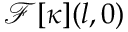
\mathcal { F } [ \kappa ] ( l , 0 )